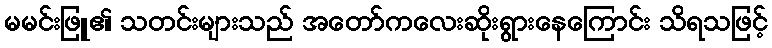
မမင်းဖြူ၏ သတင်းများသည် အတော်ကလေးဆိုးရွားနေကြောင်း သိရသဖြင့်